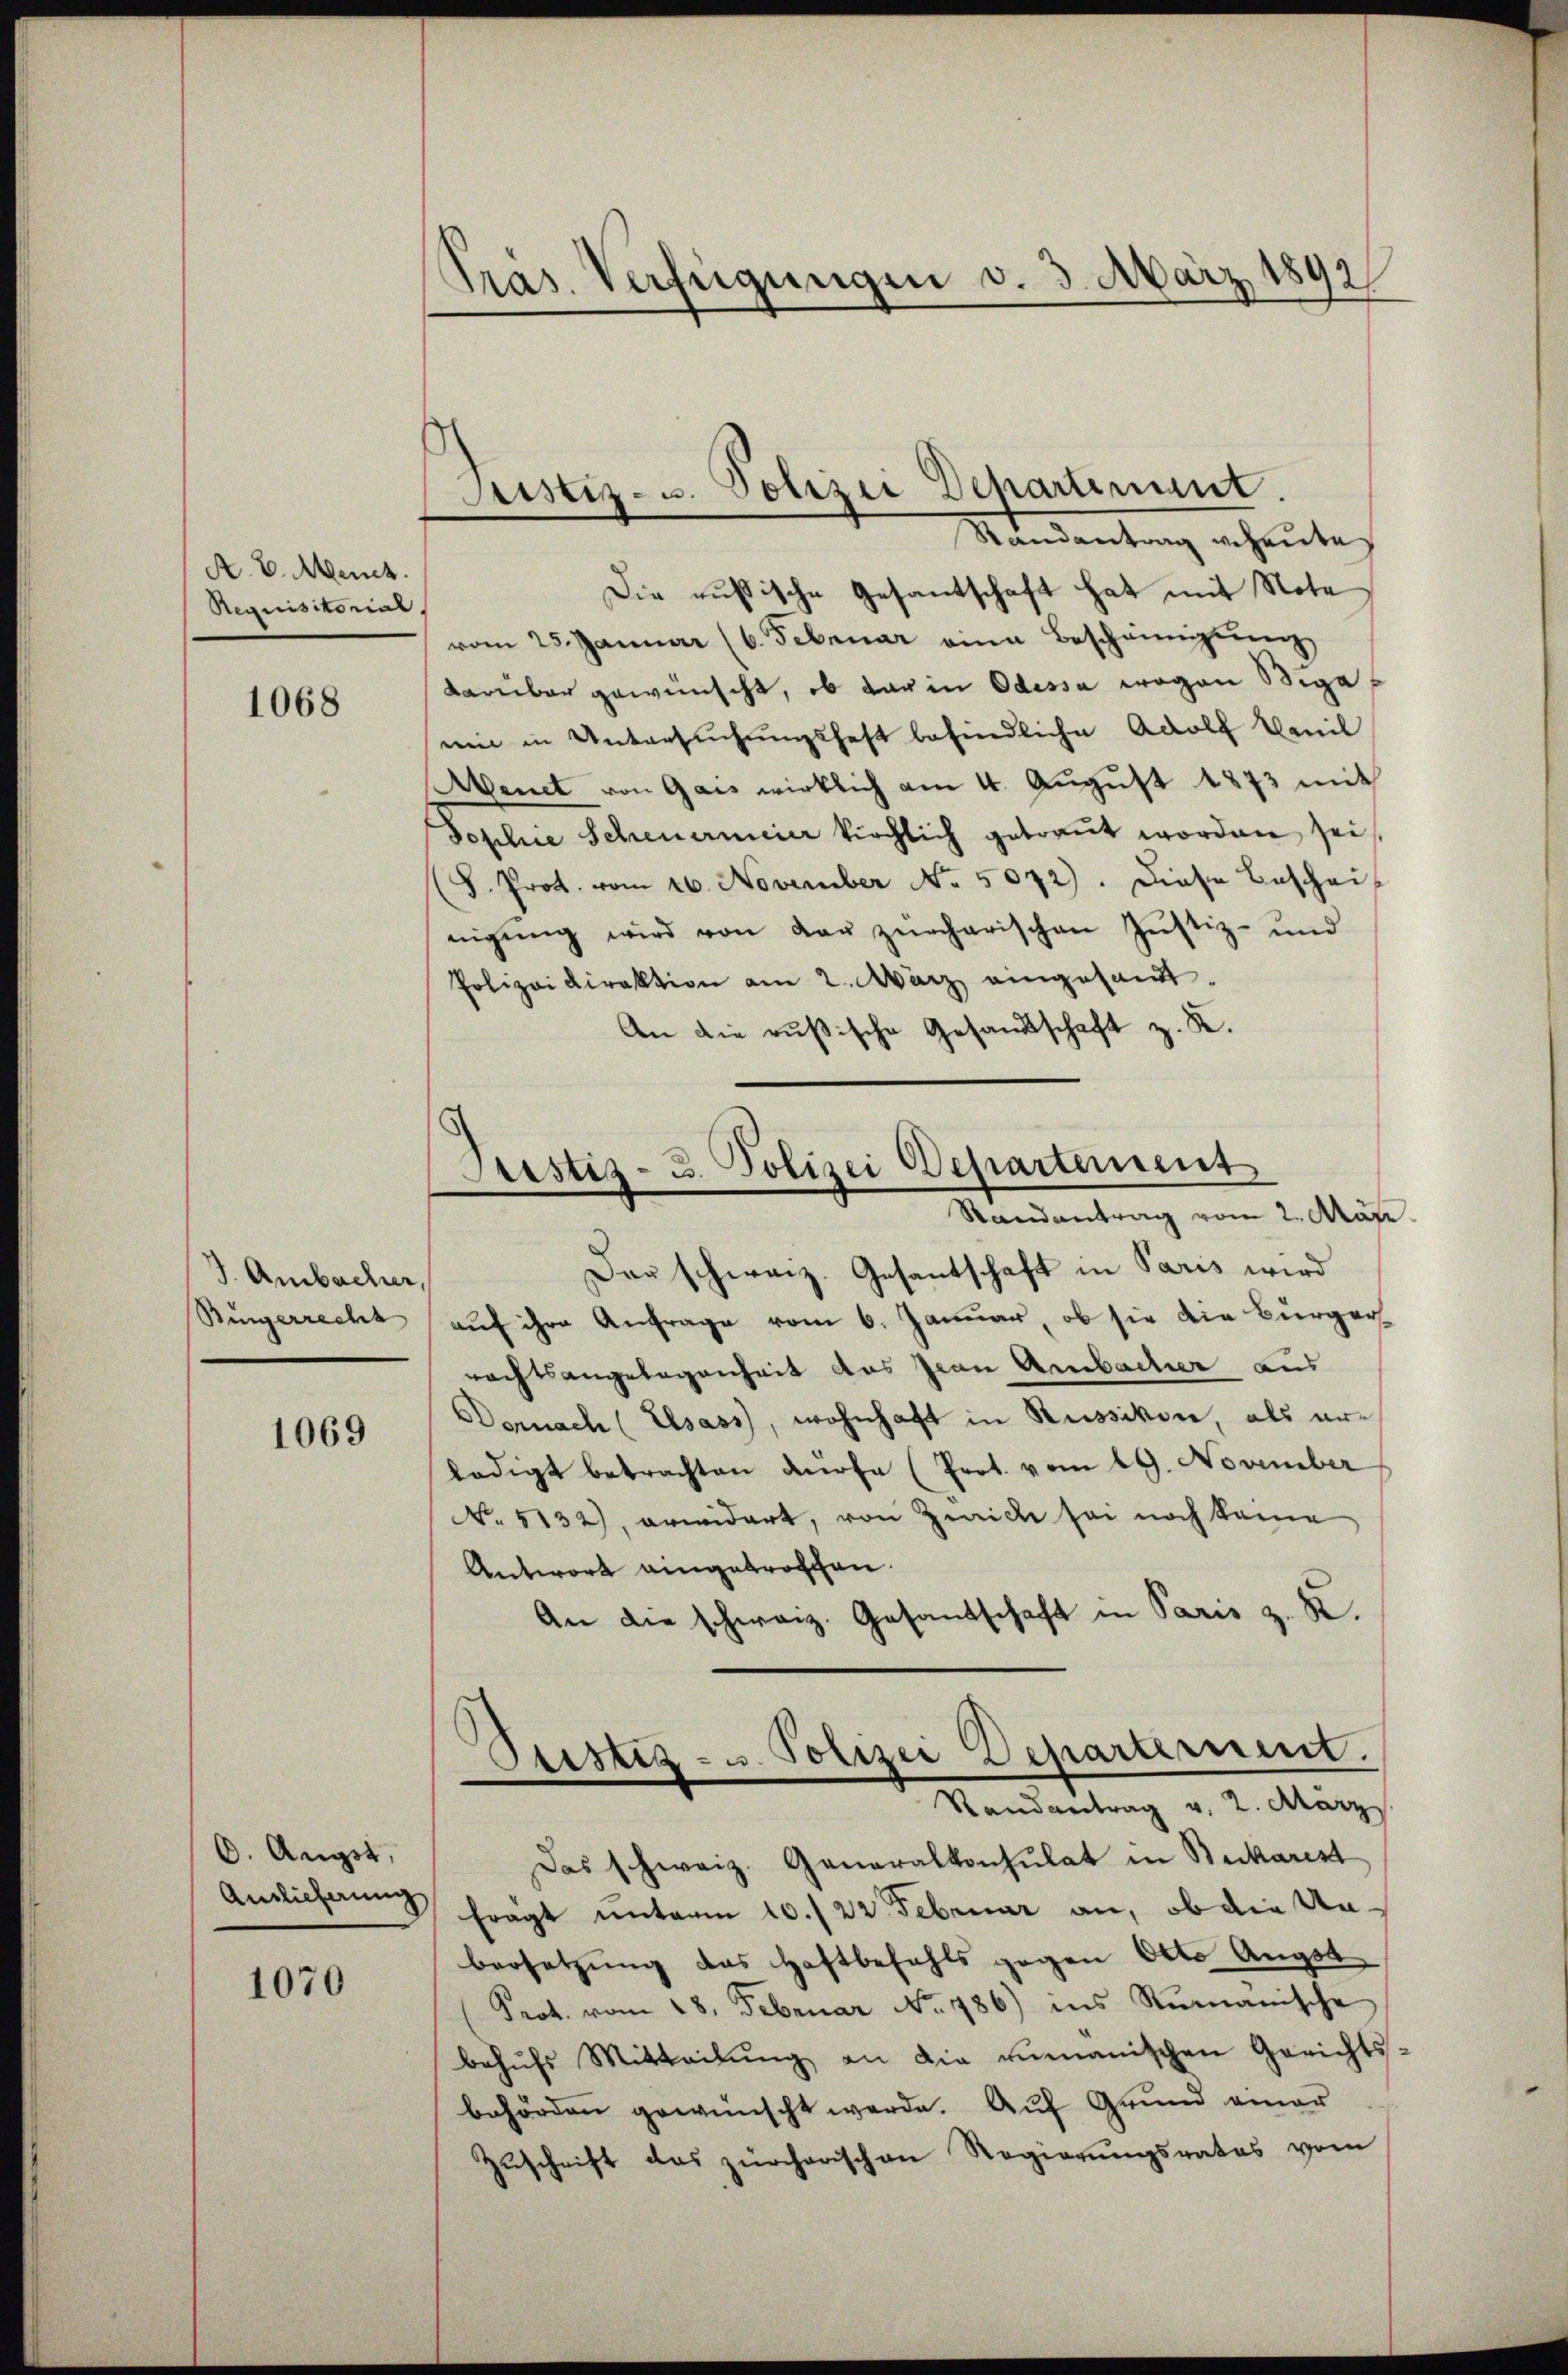
A. E. Meuch
Requisitorial

1068

3. Ambacher,
Bingerrecht

1069

O. Augst,
Auslieferung

1070

Präs. Verfügungen v. 3. März 1892.

Justiz- u. Polizei Departement.
Randantrag geheute

Justiz- u. Polizei Departement
Randantrag vom 2. Mär

Die russische Gesantschaft hat mit Note
vom 25. Januar (6. Februar eine Bescheinigung
darüber gewünscht, ob dar in Odessa wegen Biga
ei in Untersŭchŭngshaft befindliche Adolf Vanil
Aenet von Gais wirklich am 4. August 1873 mit
Toplice Scheuermeier kirchlich getraut worden sei
(S. Prot. vom 26. November No. 5072). Diese Beschei-
nigŭng wird von der zürcharischen Justiz- und
Polizeidirektion am 2. März eingesandt.
An die rußische Gesandtschaft z. K.

Dar schweiz. Gesantschaft in Paris wird
auf ihre Anfrage vom 6. Januar, ob sie die Bürgerrechtsangelegenheit das Frau Ambacher aus
Dernach (Elsass, wohnhaft in Russikon, als erledigt betrachten anofa (Prot. vom 19. November
No 5132), erwidert, von Zürich sei noch keine
Antwort eingetroffen.
An die schweiz. Gesandschaft in Paris z. B.
Ptistiz- u. Polizei Departement.
Randantrag v. 2. März
Das schweiz. Generalkonsulat in Beckarest
fragt unterm 10./22. Februar an, ob die Unbersetzung das Haftbefahls gegen Otto Angst
Prot. vom 18. Februar No. 486) ins Rumanische
behŭfs Mitteilŭng an die rimanischen Gerichts-
behörden gewünscht werde. Auf Grund einer
Zuschrift das zürcherischen Regierungsrates vom